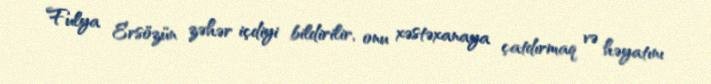
Fulya Ersözün zəhər içdiyi bildirilir, onu xəstəxanaya çatdırmaq və həyatını